Sanitation, dispensaries and jails vaccination Rajputana 1922-1927 - 1922-1927
Year: 1922
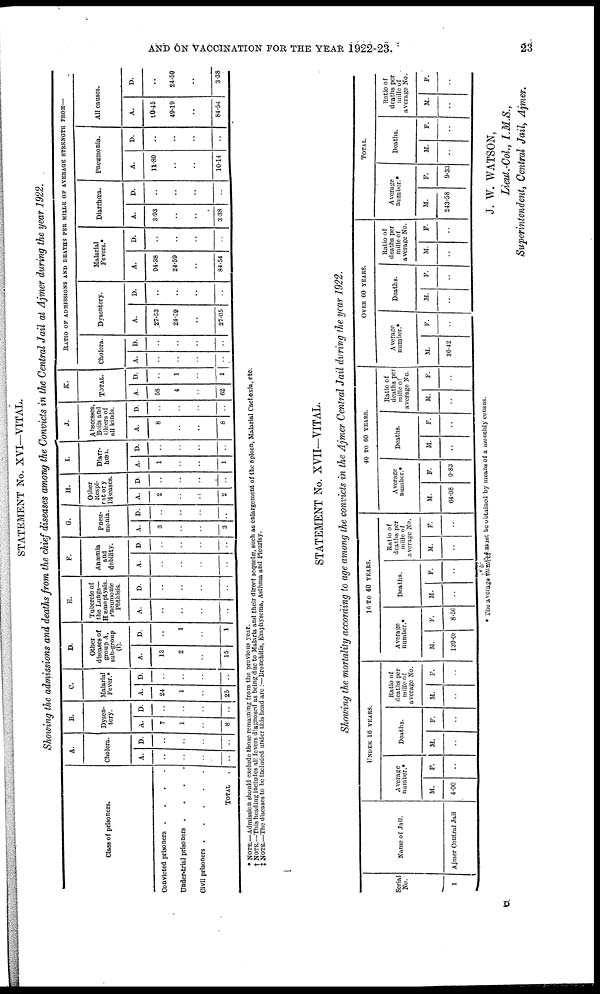
AND ON VACCINATION FOR THE YEAR 1922-23.
23
STATEMENT No. XVI—VITAL.
Showing the admissions and deaths from the chief diseases among the Convicts in the Central Jail at Ajmer during the year 1922.
Class of prisoners.
Convicted prisoners
....
Under-trial prisoners
....
Civil prisoners
TOTAL
.
A.
Cholera.
A.
..
..
..
..
D.
..
..
..
..
B.
Dysen-
tery.
A.
7
1
..
8
D.
..
..
..
..
C.
Malarial
Fever. *
A.
24
1
..
25
D.
..
..
..
..
D.
Other
diseases of
group A,
sub-group
(I).
A.
13
2
..
15
D.
..
1
..
1
E.
Tubercle of
the Lungs—
Hemoptysis.
Pneumonic
Phthisis.
A.
..
..
..
..
D.
..
..
..
..
F.
Anæmia
and
debility.
A.
..
..
..
..
D.
..
..
..
..
G.
Pneu-
monia.
A.
3
..
..
3
D.
..
..
..
..
H.
Other
Respi-
ratory
Diseases.
A.
2
..
..
2
D.
..
..
..
..
I.
Diarr¬
hœa.
A.
1
..
..
1
D.
..
..
..
..
J.
Abscesses,
Boils and
Ulcers of
all kinds.
A.
8
..
..
8
D.
..
..
..
..
K.
TOTAL.
A.
58
4
..
62
D.
..
1
..
1
RATIO OF ADMISSIONS AND DEATHS PER MILLE OF AVERAGE STRENGTH FROM—
Cholera.
A.
..
..
..
..
D.
..
..
..
..
Dysentery.
A.
27.53
24.59
..
27.05
D.
..
..
..
..
Malarial
Fevers.*
A.
94.38
24.59
..
84.54
D.
..
..
..
..
Diarrhœa.
A.
3.93
..
..
3.38
D.
..
..
..
..
Pneumonia.
A.
11.80
..
..
10.14
D.
..
..
..
..
All causes.
A.
90.45
49.19
..
84.54
D.
..
24.59
..
3.38
* NOTE.—Admission should exclude those remaining from the previous year.
† NOTE.—This heading includes all fevers diagnosed as being due to Malaria and their direct sequelæ, such as enlargement of the Spleen, Malarial Cachexia, etc.
‡ NOTE.—The diseases to be Included under this head are :—Bronchitis, Emphysema, Asthma and Pleurisy.
STATEMENT No. XVII—VITAL.
Showing the mortality according to age among the convicts in the Ajmer Central Jail during the year 1922.
Serial
No.
1
Name of Jail.
Ajmer Central Jail
UNDER 16 YEARS.
Average
number.*
M.
4.00
F.
..
Deaths.
M.
..
F.
..
Ratio of
deaths per
mille of
average No.
M.
..
F.
..
16 TO 40 YEARS.
Average
number.*
M.
139.08
F.
8.50
Deaths.
M.
..
F.
..
Ratio of
deaths per
mille of
average No.
M.
..
F.
..
40 TO 60 YEARS.
Average
number.*
M.
64.08
F.
0.83
Deaths.
M.
..
F.
..
Ratio of
deaths per
mille of
average No.
M.
..
F.
..
OVER 60 YEARS.
Average
number.*
M.
36.42
F.
..
Deaths.
M.
..
F.
..
Ratio of
deaths per
mille of
average No.
M.
..
F.
..
TOTAL.
Average
number.*
M.
243.58
F.
9.33
Deaths.
M.
..
F.
..
Ratio of
deaths per
mille of
average No.
M.
..
F.
..
* The average number must be obtained by means of a monthly census.
J. W. WATSON,
Lieut.-Col., I.M.S.,
Superintendent, Central Jail, Ajmer.
D